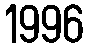
1996